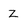
Character: z